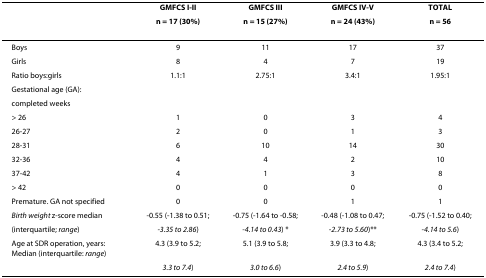
<table><thead><tr><td></td><td><b>GMFCS I-II</b></td><td><b>GMFCS III</b></td><td><b>GMFCS IV-V</b></td><td><b>TOTAL</b></td></tr><tr><td></td><td><b>n = 17 (30%)</b></td><td><b>n = 15 (27%)</b></td><td><b>n = 24 (43%)</b></td><td><b>n = 56</b></td></tr></thead><tbody><tr><td>Boys</td><td>9</td><td>11</td><td>17</td><td>37</td></tr><tr><td>Girls</td><td>8</td><td>4</td><td>7</td><td>19</td></tr><tr><td>Ratio boys:girls</td><td>1.1:1</td><td>2.75:1</td><td>3.4:1</td><td>1.95:1</td></tr><tr><td>Gestational age (GA):</td><td></td><td></td><td></td><td></td></tr><tr><td>completed weeks</td><td></td><td></td><td></td><td></td></tr><tr><td>&gt; 26</td><td>1</td><td>0</td><td>3</td><td>4</td></tr><tr><td>26-27</td><td>2</td><td>0</td><td>1</td><td>3</td></tr><tr><td>28-31</td><td>6</td><td>10</td><td>14</td><td>30</td></tr><tr><td>32-36</td><td>4</td><td>4</td><td>2</td><td>10</td></tr><tr><td>37-42</td><td>4</td><td>1</td><td>3</td><td>8</td></tr><tr><td>&gt; 42</td><td>0</td><td>0</td><td>0</td><td>0</td></tr><tr><td>Premature. GA not specified</td><td>0</td><td>0</td><td>1</td><td>1</td></tr><tr><td><i>Birth weight </i>z-score median</td><td>-0.55 (-1.38 to 0.51;</td><td>-0.75 (-1.64 to -0.58;</td><td>-0.48 (-1.08 to 0.47;</td><td>-0.75 (-1.52 to 0.40;</td></tr><tr><td>(interquartile; <i>range</i>)</td><td><i>-3.35 to 2.86</i>)</td><td><i>-4.14 to 0.43</i>) *</td><td><i>-2.73 to 5.60</i>)**</td><td><i>-4.14 to 5.6</i>)</td></tr><tr><td>Age at SDR operation, years: Median (interquartile: <i>range</i>)</td><td>4.3 (3.9 to 5.2;</td><td>5.1 (3.9 to 5.8;</td><td>3.9 (3.3 to 4.8;</td><td>4.3 (3.4 to 5.2;</td></tr><tr><td></td><td><i>3.3 to 7.4</i>)</td><td><i>3.0 to 6.6</i>)</td><td><i>2.4 to 5.9</i>)</td><td><i>2.4 to 7.4</i>)</td></tr></tbody></table>